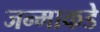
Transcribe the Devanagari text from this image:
जन्माकडे